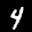
Label: 4